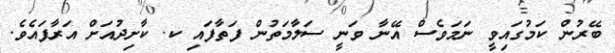
ބޭރުން ކަމުގައިވީ ނަމަވެސް އޭނާ ވަނީ ސަލާމަތުން ފަތާފައި ކ. ކާށިދުއަށް އަރާފައެވެ.